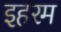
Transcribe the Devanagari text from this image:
इहरम